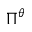
\Pi ^ { \theta }